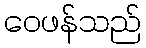
ဝေဖန်သည်